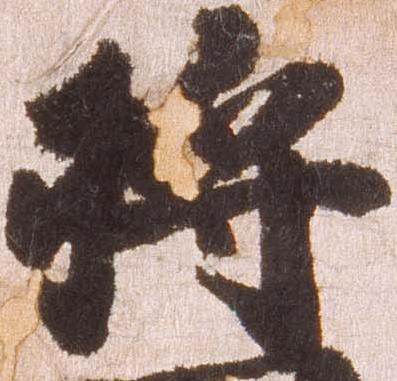
将